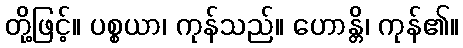
တို့ဖြင့်။ ပစ္စယာ၊ ကုန်သည်။ ဟောန္တိ၊ ကုန်၏။